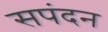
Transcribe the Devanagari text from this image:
सपंदन